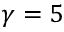
\gamma = 5